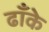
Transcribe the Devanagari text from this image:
ढाँके